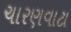
ચારણવાટા